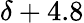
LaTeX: \delta+4.8